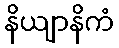
နိယျာနိကံ